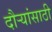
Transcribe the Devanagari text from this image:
दौर्‍यांसाठी